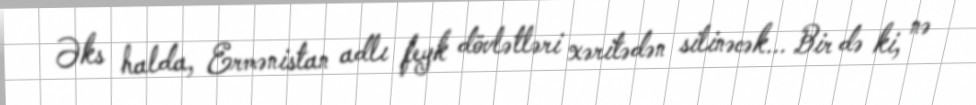
Əks halda, Ermənistan adlı feyk dövlətləri xəritədən silinəcək... Bir də ki, nə